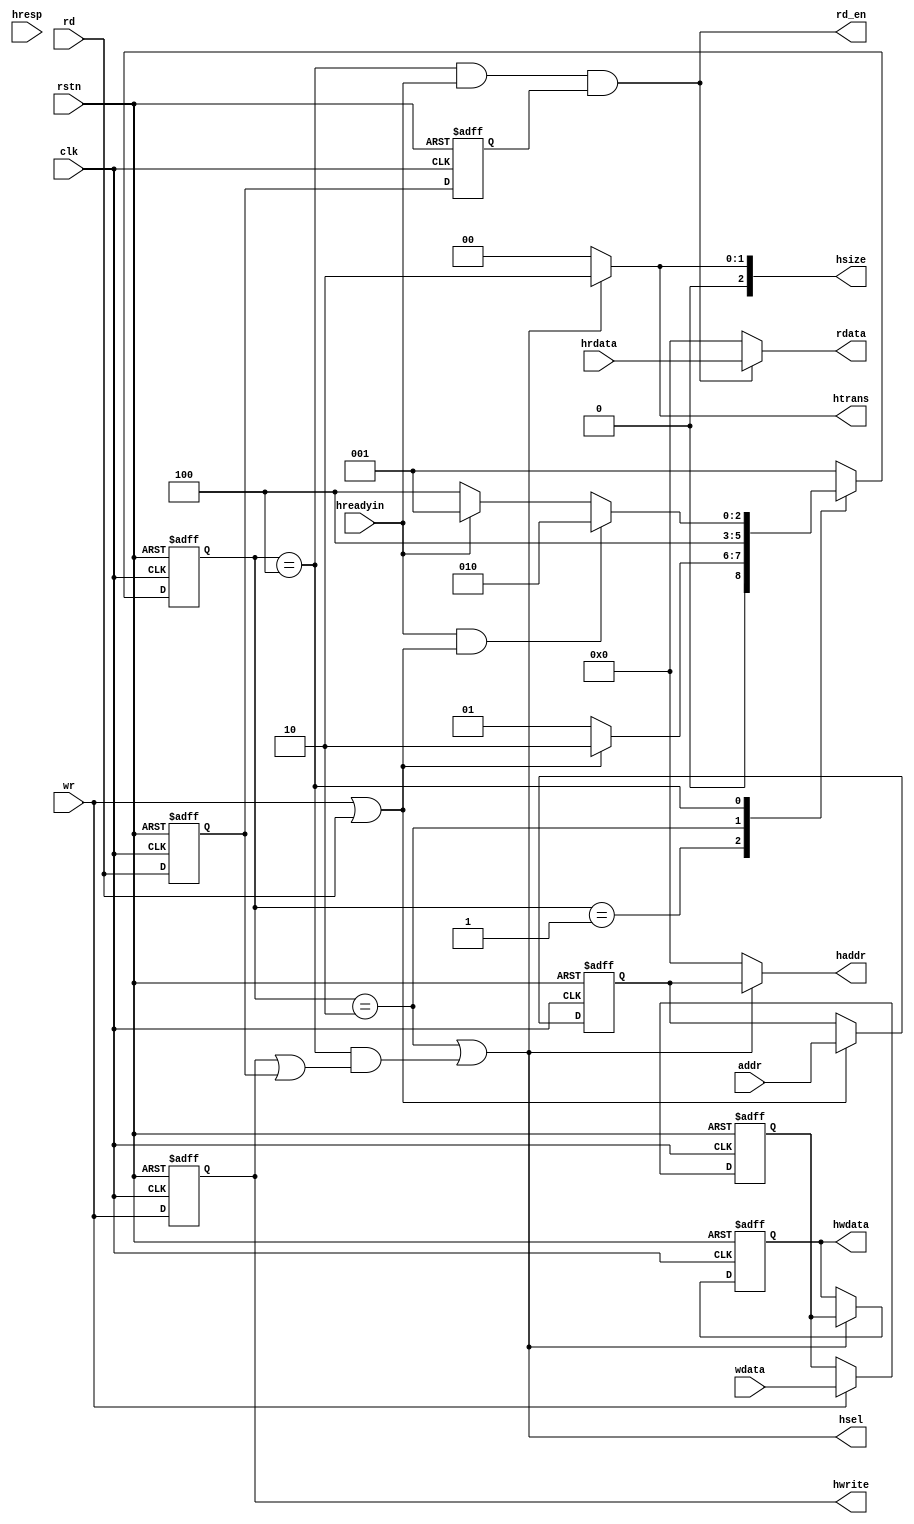
`timescale 1ns / 1ps


module ahb_ctrl(
    input clk,
    input rstn,
    input wr,
    input rd,
    input [31:0]addr,
    input [31:0]wdata,

    output [31:0]rdata,
    output rd_en,

    output hsel,
//  output hready,
    output [1:0]htrans,
    output [2:0]hsize,
    output hwrite,
    output [31:0]haddr,
    output reg [31:0]hwdata,

    input hreadyin,
    input hresp,
    input [31:0]hrdata
);

parameter IDLE = 3'b001;
parameter S0 = 3'b010;
parameter S1 = 3'b100; 

reg [2:0] cs;
reg [2:0] ns;

reg [31:0] addr_reg;
reg [31:0] wdata_reg;
reg wr_reg ;
reg wr_reg2;
reg rd_reg ;
reg rd_reg2;

always @(posedge clk or negedge rstn) begin
    if(!rstn) 
        cs <= IDLE;
    else 
        cs <= ns;
end

always @(*) begin           //
    case (cs)
        IDLE : begin
            if(wr||rd)begin
                ns = S0;            //
            end 
            else begin
                ns = IDLE;
            end
            end
        S0 : begin
            ns = S1;                //
            end
        S1 :begin
                if(hreadyin==1'b1 && (wr||rd))      
                    ns = S0;
                else if(hreadyin==1'b1)
                    ns = IDLE;
                else 
                    ns = S1;        //hready 
            end
        default: ns = IDLE ;
    endcase
end

always@(posedge clk or negedge rstn) begin 
    if (!rstn) begin
        wr_reg <= 1'b0;
        wr_reg2 <= 1'b0;
        rd_reg <= 1'b0;
        rd_reg2<= 1'b0;
    end else begin
        wr_reg <= wr;
        rd_reg <= rd;
        wr_reg2 <=wr_reg;
        rd_reg2<= rd_reg;
    end
end

always@(posedge clk or negedge rstn) begin 
        if(!rstn) begin
            addr_reg<=32'h0;
        end else if(wr || rd) begin
            addr_reg<=addr;
        end
end

always@(posedge clk or negedge rstn) begin 
    if(!rstn) begin
        wdata_reg<=32'h0;
    end else if(wr) begin 
        wdata_reg<=wdata;
    end
end

assign hsel = (cs==S0)||(cs==S1 &&(wr_reg || rd_reg)) ;
assign htrans = ( hsel == 1'b1 )? 2'h2:2'h0;                    // 00 BUSY 10 SEQ
assign hsize = ( hsel == 1'b1 )? 2'h2:2'h0;                     // 10 32bit
assign hwrite =wr_reg ;
assign haddr = ( hsel == 1'b1 )?addr_reg:32'h0;

always@(posedge clk or negedge rstn) begin
    if(!rstn) begin
        hwdata<=32'h0;
    end else if(hsel) begin 
        hwdata<=wdata_reg;
    end 
end 


assign rd_en = cs == S1 && hreadyin==1'b1&& (rd_reg2);
//assign rd_en = cs == S1 && hreadyin==1'b1&& (~wr_reg);
assign rdata = (rd_en == 1'b1 ) ? hrdata : 32'h0; 

endmodule